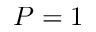
P = 1